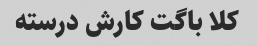
کلا باگت کارش درسته